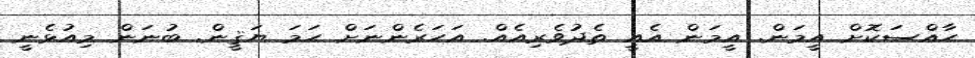
ހާއްސަކޮށް އީމަން. އީމަން އެއީ ތެދުވެރިއެއް. އަހަރެންނަށް ހަމަ ޔަޤީން. ބުނަން މިއުޅެނީ